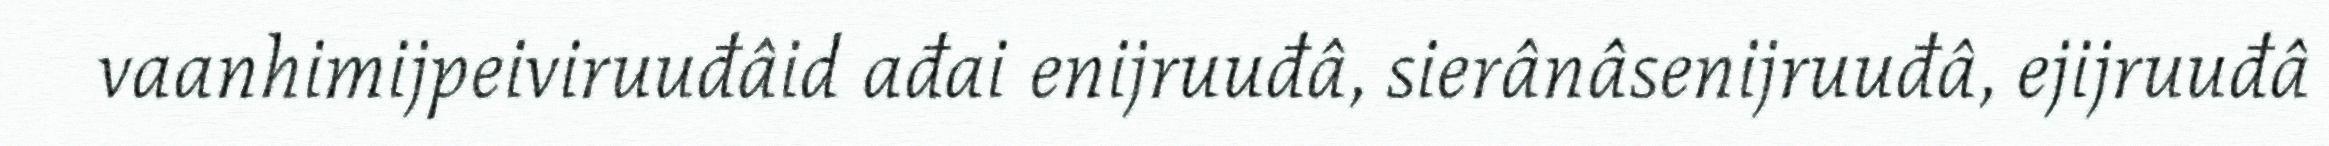
vaanhimijpeiviruuđâid ađai enijruuđâ, sierânâsenijruuđâ, ejijruuđâ